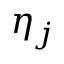
\eta _ { j }